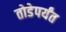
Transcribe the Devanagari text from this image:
तोडेपर्यंत